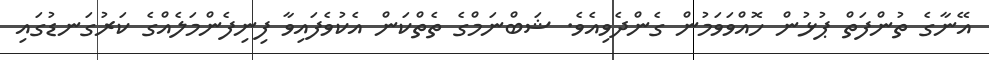
އޭނާގެ ތުންފަތް ޕުޅުން ހޮއްވަވަމުން ގެންދެވިއެވެ. ޝަބްނަމްގެ ތެތްކަން އެކުވެފައިވާ ފިނިފެންމަލެއްގެ ކަރުގަނޑުގައި